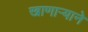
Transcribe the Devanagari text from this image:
खाणाऱ्याने